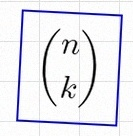
\binom{n}{k}